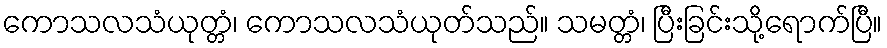
ကောသလသံယုတ္တံ၊ ကောသလသံယုတ်သည်။ သမတ္တံ၊ ပြီးခြင်းသို့ရောက်ပြီ။